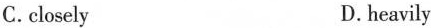
C. closely D.heavily